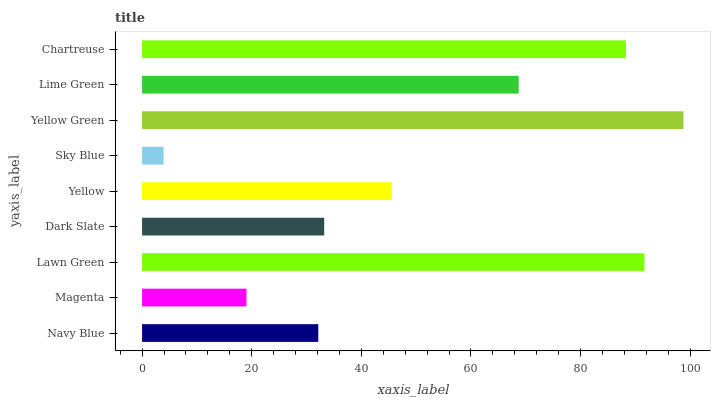
| yaxis_label | bars |
 | --- | --- |
 | Navy Blue | 32.2 |
 | Magenta | 19 |
 | Lawn Green | 91.7 |
 | Dark Slate | 33.2 |
 | Yellow | 45.5 |
 | Sky Blue | 3.93 |
 | Yellow Green | 98.8 |
 | Lime Green | 68.7 |
 | Chartreuse | 88.3 |